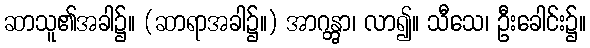
ဆာသူ၏အခါ၌။ (ဆာရာအခါ၌။) အာဂန္တွာ၊ လာ၍။ သီသေ၊ ဦးခေါင်း၌။